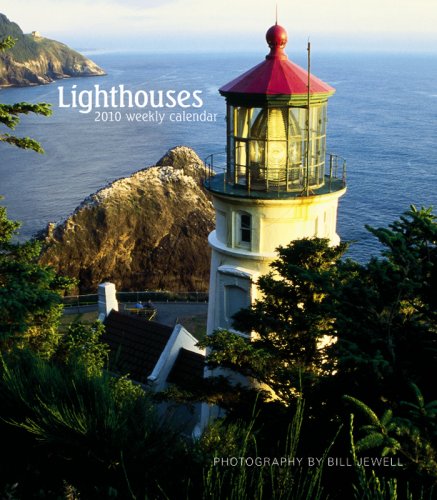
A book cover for Lighthouses 2010 Hardcover Weekly Engagement; BrownTrout Publishers Inc; Calendars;